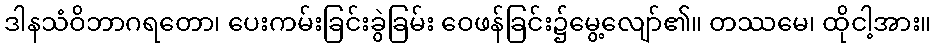
ဒါနသံဝိဘာဂရတော၊ ပေးကမ်းခြင်းခွဲခြမ်း ဝေဖန်ခြင်း၌မွေ့လျော်၏။ တဿမေ၊ ထိုငါ့အား။